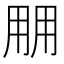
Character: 𰢱